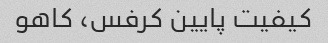
کیفیت پایین کرفس، کاهو